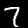
Label: 7